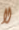
لا